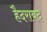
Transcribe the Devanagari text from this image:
हैदराबद